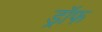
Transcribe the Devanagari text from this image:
ड्रॉफ